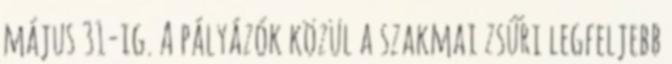
május 31-ig. A pályázók közül a szakmai zsűri legfeljebb